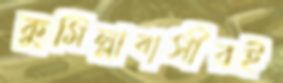
কুমিল্লাবাসীরই